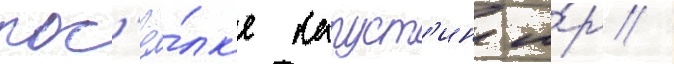
пос'ё́лк'е капуст'ин я́р /